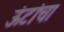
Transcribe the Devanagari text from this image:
ऊंटांचा